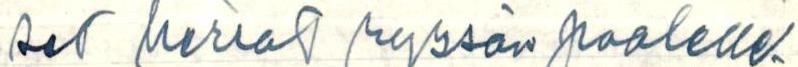
set herrat ryssän puolelle.